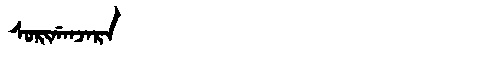
Manchu: ᠰᠣᡵᡳᡤᠠᠨᠵᠠᡵᠠ
Romanization: SORIGANJARA